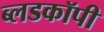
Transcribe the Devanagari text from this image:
ब्लडकॉपी